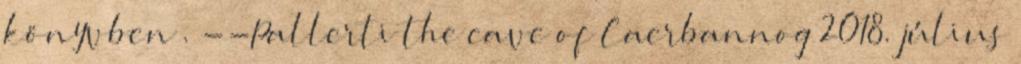
könyvben . --Pallerti the cave of Caerbannog 2018. július